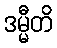
ဒမ္မီတိ